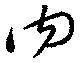
内